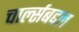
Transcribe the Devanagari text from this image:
चार्ल्सबद्दल